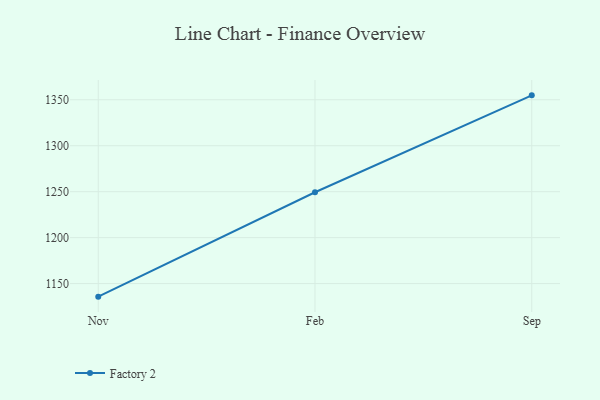
{"axis": {"x": "Month", "y": "Tickets Resolved"}, "legend": ["Factory 2"], "data": [{"x": "Nov", "y": 1135.8, "type": "Factory 2"}, {"x": "Feb", "y": 1249.4, "type": "Factory 2"}, {"x": "Sep", "y": 1354.8, "type": "Factory 2"}]}